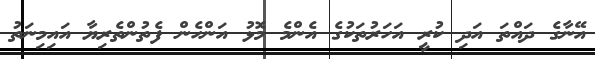
އޭނާގެ ދައްތަ އަދި ކުރީ އަހަރުތަކުގެ އެންމެ މޮޅު އަންހެން ފެތުންތެރިޔާ އައިމިނަތު